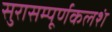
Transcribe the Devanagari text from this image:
सुरासम्पूर्णकलशं